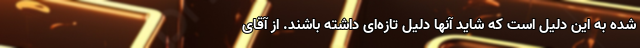
شده به این دلیل است که شاید آنها دلیل تازه‌ای داشته باشند. از آقای